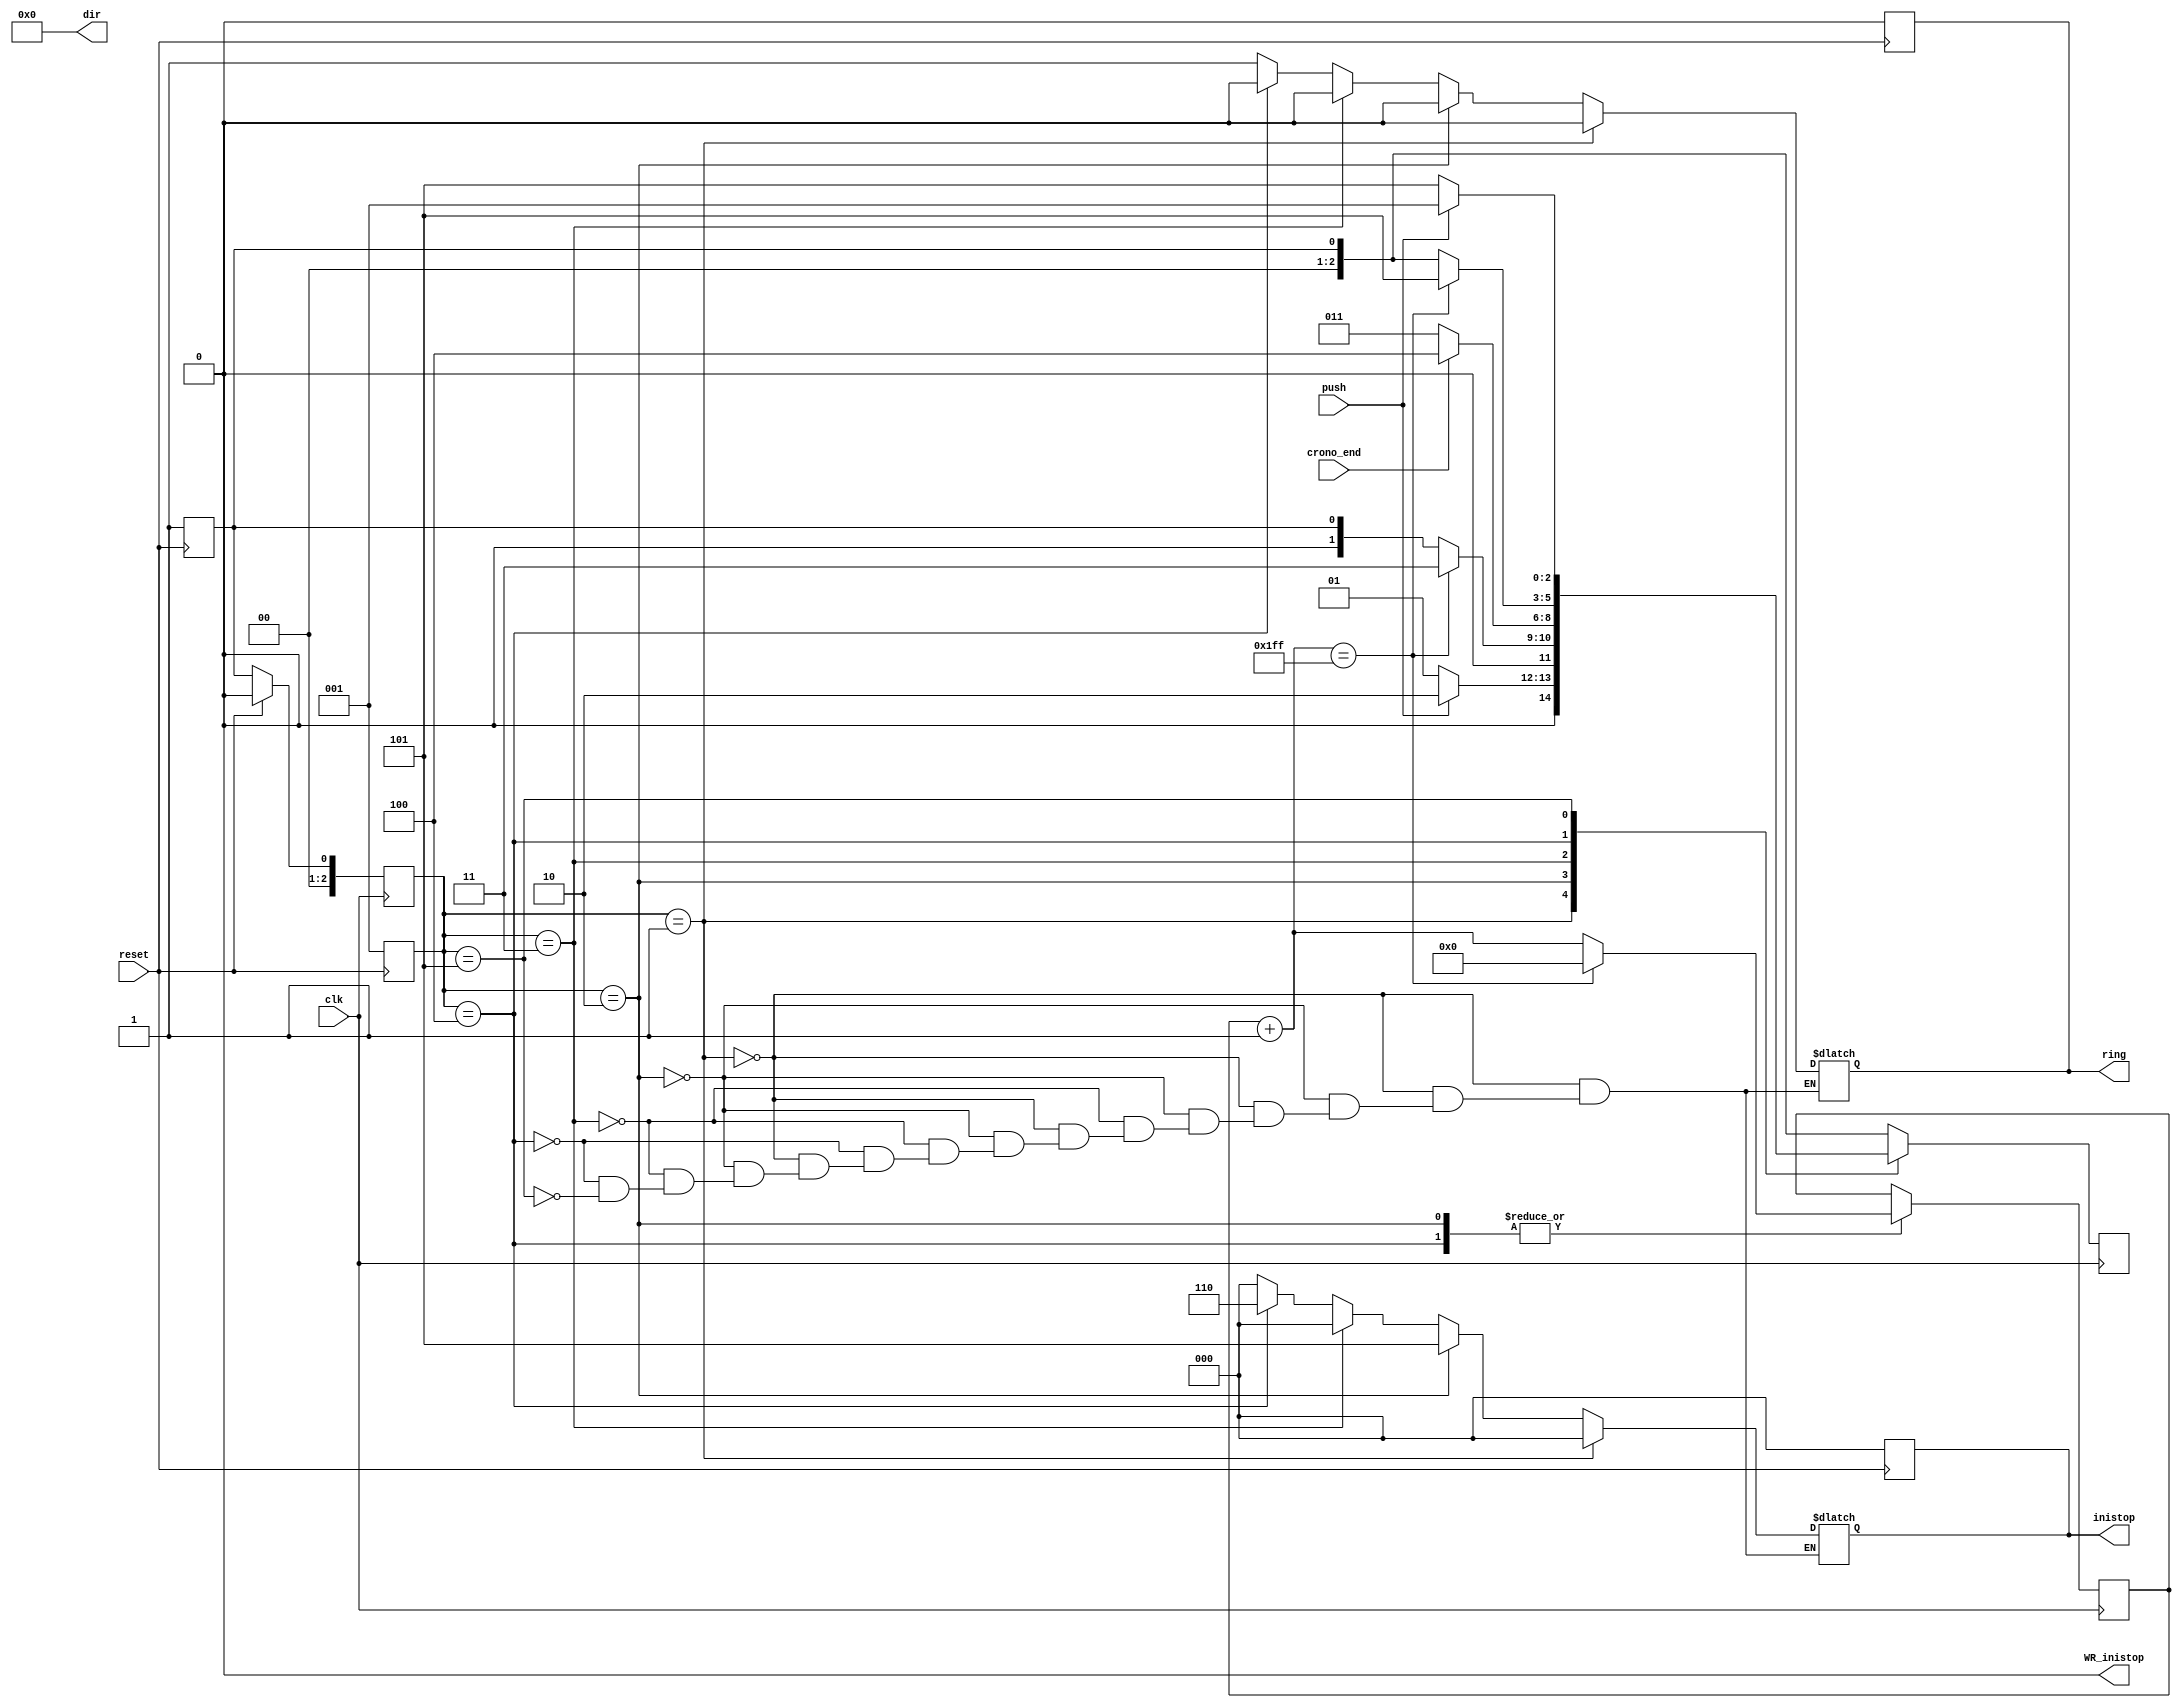
`timescale 1ns / 1ps
//////////////////////////////////////////////////////////////////////////////////
// Company: 
// Engineer: 
// 
// Design Name: 
// Module Name: crono
// Project Name: 
// Target Devices: 
// Tool Versions: 
// Description: 
// 
// Dependencies: 
// 
// Revision:
// Revision 0.01 - File Created
// Additional Comments:
// 
//////////////////////////////////////////////////////////////////////////////////


module crono(
    input wire clk,
    output wire WR_inistop,
    output wire [2:0] inistop,
    output wire [7:0] dir,
    output wire ring,
    input wire push,
    input wire crono_end,
    input wire reset
    );
    
    reg [2:0] next=1, state;
    reg [8:0] clkr=0;
    reg WR_inistop_reg=0, ring_reg;
    reg [2:0] inistop_reg;
    reg [7:0] dir_reg=0;
    
    assign WR_inistop=WR_inistop_reg;

    assign ring=ring_reg;
    assign inistop=inistop_reg;
    assign dir=dir_reg;
    
    always @(posedge reset)
    begin
    next=1;
    state=1;
    WR_inistop_reg=0;
    ring_reg=0;
    inistop_reg=0;
    end
    
    always @(posedge clk)
    case(state)
                3'b001:begin
            if(push==0) next=3'b001;
            else if(push==1)next=3'b010;
            else next=3'b001;
        end
        3'b010: begin
                clkr = clkr+1;
                if (clkr==9'b111111111)
                begin
                clkr=0;
                next=3'b011;end
        end
        3'b011: begin
                if(crono_end==0) next=3'b011;
                else if(crono_end==1)next=3'b100;
                else next=3'b011;end
        3'b100: begin
                clkr = clkr+1;
                if (clkr==9'b111111111)
                begin
                clkr=0;
                next=3'b101;end
                end
        3'b101: begin
                if(push==0) next=3'b101;
                else next=3'b001;
        end
    endcase
    
    always @(posedge clk)begin
        if(reset) state=0;
        else state=next;end
    
    always @(state)begin
        if(state==1)begin
        WR_inistop_reg=0;
        inistop_reg=0;
        ring_reg=0;
        end
        else if(state==2)begin
        WR_inistop_reg=1;
        inistop_reg=3'b101;
        ring_reg=0;
        end    
        else if(state==3)begin
        WR_inistop_reg=0;
        inistop_reg=3'b000;
        ring_reg=0;
        end   
        else if(state==4)begin
        WR_inistop_reg=1;
        inistop_reg=3'b110;
        ring_reg=0;
        end   
        else if(state==5)begin
        WR_inistop_reg=0;
        inistop_reg=3'b000;
        ring_reg=1;
        end       
    end

endmodule